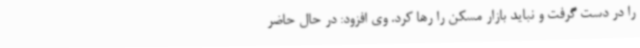
را در دست گرفت و نباید بازار مسکن را رها کرد. وی افزود: در حال حاضر